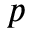
p